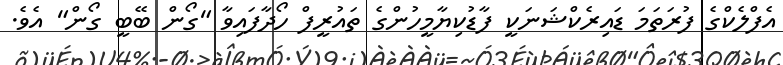
އެފްލެކްގެ ފުރަތަމަ ޑައިރެކްޝަނަކީ ފާޑުކިޔާމީހުންގެ ތައުރީފް ހޯދާފައިވާ "ގޯން ބޭބީ ގޯން" އެވެ.